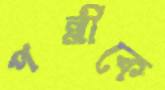
পল্লীকে